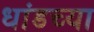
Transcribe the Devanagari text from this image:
धांडच्या